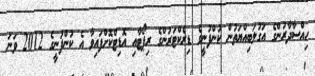
ހިއްސާދާރުންގެ އަގުލަބިއްޔަތުން ކުންފުނީގެ ޑިރެކްޓަރުންގެ ރިޕޯޓާއި އޮޑިޓްކޮށްފައިވާ އެ ކުންފުނީގެ 2012 ވަނަ